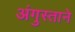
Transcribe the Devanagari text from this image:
अंगुस्ताने